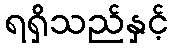
ရရှိသည်နှင့်